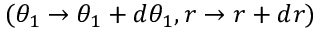
( \theta _ { 1 } \to \theta _ { 1 } + d \theta _ { 1 } , r \to r + d r )